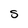
Character: S